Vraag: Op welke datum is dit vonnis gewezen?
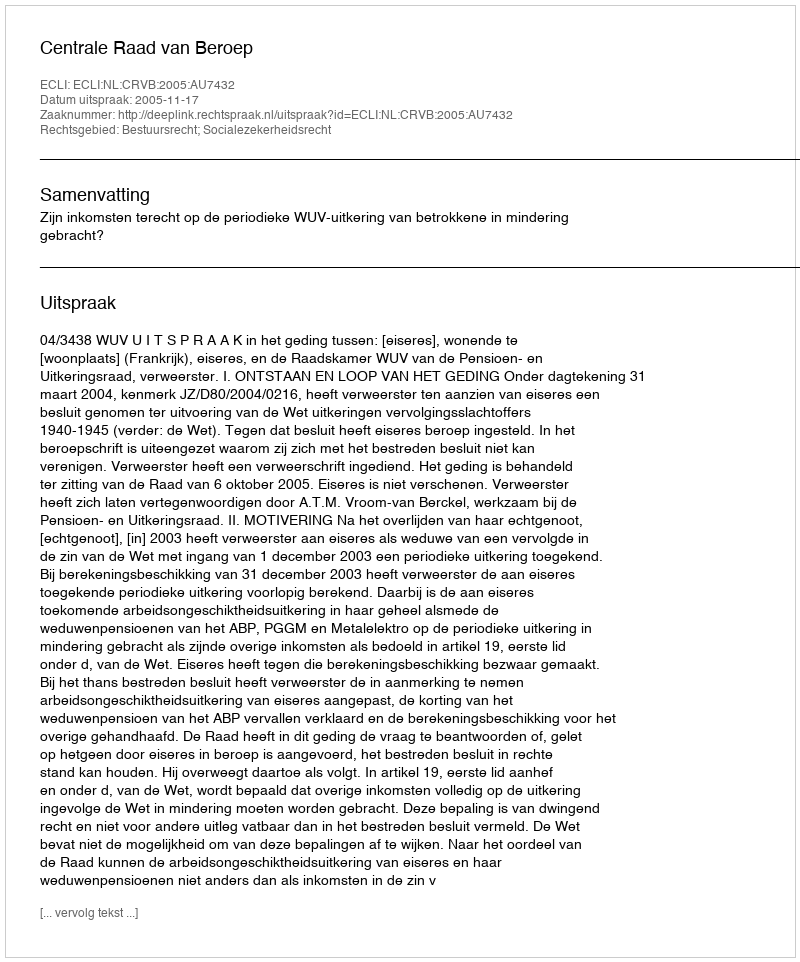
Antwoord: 2005-11-17